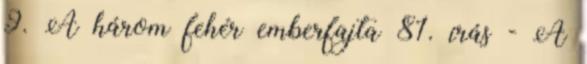
9. A három fehér emberfajta 81. írás - A